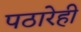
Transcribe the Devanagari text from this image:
पठारेही